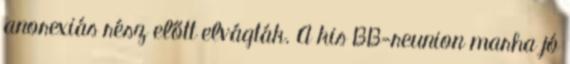
anorexiás rész előtt elvágták. A kis BB-reunion marha jó